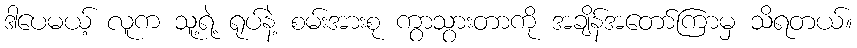
ဒါပေမယ့် လူက သူ့ရဲ့ ရုပ်နဲ့ စမ်းအားစု ကွာသွားတာကို အချိန်အတော်ကြာမှ သိရတယ်။